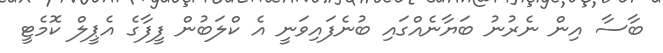
ބާސާ އިން ނެރުނު ބަޔާނެއްގައި ބުނެފައިވަނީ އެ ކްލަބުން ފީފާގެ އެޕީލް ކޮމެޓީ